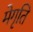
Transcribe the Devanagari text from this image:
मेगृति